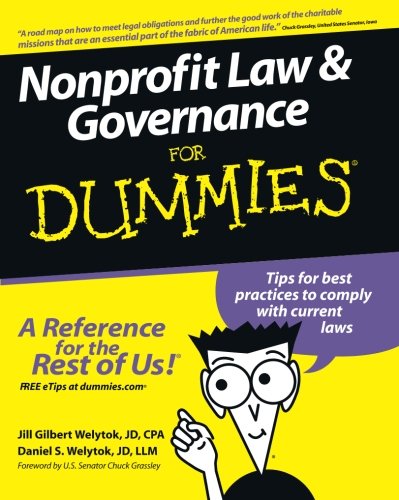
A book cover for Nonprofit Law and Governance For Dummies; Jill Gilbert Welytok; Business & Money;